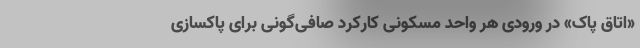
«اتاق پاک» در ورودی هر واحد مسکونی کارکرد صافی‌گونی برای پاکسازی